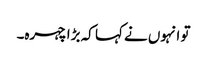
تو انہوں نے کہا کہ بڑا چہرہ۔